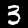
Digit: 3